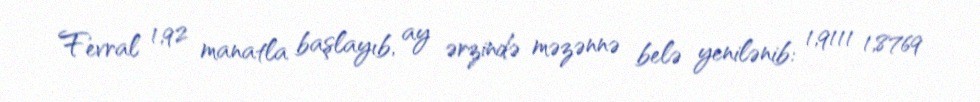
Fevral 1,92 manatla başlayıb, ay ərzində məzənnə belə yenilənib: 1,9111 1,8769